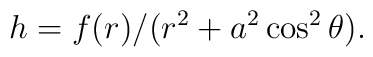
h=f(r)/(r^2 +a^2\cos ^2 \theta).